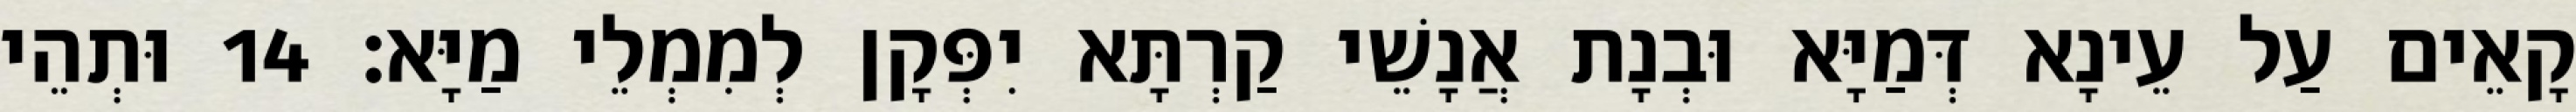
קָאֵים עַל עֵינָא דְּמַיָּא וּבְנָת אֲנָשֵׁי קַרְתָּא יִפְּקָן לְמִמְלֵי מַיָּא׃ 14 וּתְהֵי